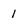
Character: 1